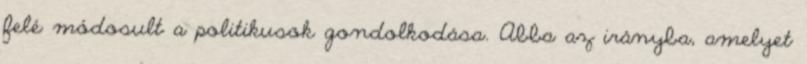
felé módosult a politikusok gondolkodása. Abba az irányba, amelyet